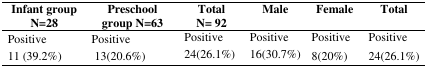
<table><thead><tr><td><b>Infant group N=28</b></td><td><b>Preschool group N=63</b></td><td><b>Total N=92</b></td><td><b>Male</b></td><td><b>Female</b></td><td><b>Total</b></td></tr></thead><tbody><tr><td>Positive</td><td>Positive</td><td>Positive</td><td>Positive</td><td>Positive</td><td>Positive</td></tr><tr><td>11 (39.2%)</td><td>13 (20.6%)</td><td>24 (26.1%)</td><td>16 (30.7%)</td><td>8 (20%)</td><td>24 (26.1%)</td></tr></tbody></table>